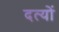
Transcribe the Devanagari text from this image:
दत्यों